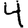
Digit: 4